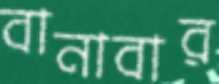
বানাবার